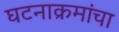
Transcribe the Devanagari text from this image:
घटनाक्रमांचा